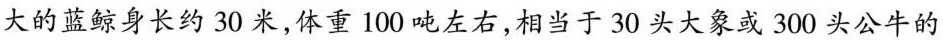
大的蓝鲸身长约30米，体重100吨左右，相当于30头大象或300头公牛的